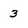
Character: 3